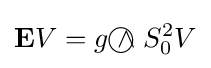
\mathbf {E} V=g{~\wedge \!\!\!\!\!\!\!\!\;\bigcirc ~}S_{0}^{2}V